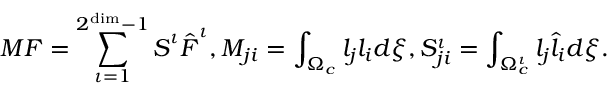
\boldsymbol { M } \boldsymbol { F } = \sum _ { \iota = 1 } ^ { 2 ^ { \dim } - 1 } \boldsymbol { S } ^ { \iota } \hat { \boldsymbol { F } } ^ { \iota } , M _ { j i } = \int _ { \Omega _ { c } } l _ { j } l _ { i } d \boldsymbol { \xi } , S _ { j i } ^ { \iota } = \int _ { \Omega _ { c } ^ { \iota } } l _ { j } \hat { l } _ { i } d \boldsymbol { \xi } .